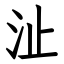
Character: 沚